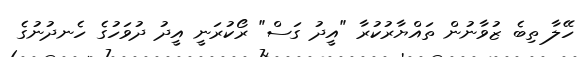
ހޭލާ ތިބެ ޒުވާނުން ތައްޔާރުކުރާ "އީދު ގަސް" ރޯކުރަނީ އީދު ދުވަހުގެ ހެނދުނުގެ